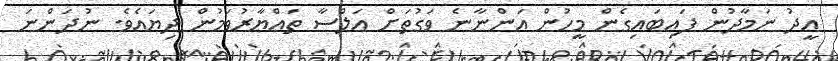
ޢީދު ނަމާދުން ފައިބައިގެން މީހުން އަންނާނެ ވަގުތަށް އަލްސާ ތައްޔާރުވަމުން ދިޔައެވެ. ނުދަންނަ